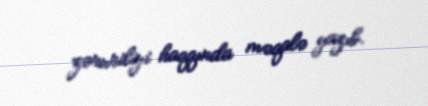
zəruriliyi haqqında məqalə yazıb.